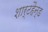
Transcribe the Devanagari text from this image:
शार्टहैन्ड